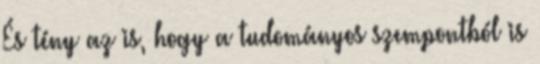
És tény az is, hogy a tudományos szempontból is